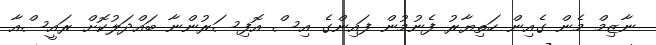
ނާޒިމް މެން ގެއިން ހަތިޔާރު ފެނުމުން ފައިންގެ އިސް އޮފިސަރުންނާ ބައްދަލުކޮށް ރައީސްއާ